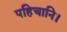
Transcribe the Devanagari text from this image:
पहिचानि।